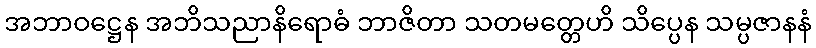
အဘာဝဋ္ဌေန အဘိသညာနိရောဓံ ဘာဇိတာ သတမတ္တေဟိ သိပ္ပေန သမ္ပဇာနနံ